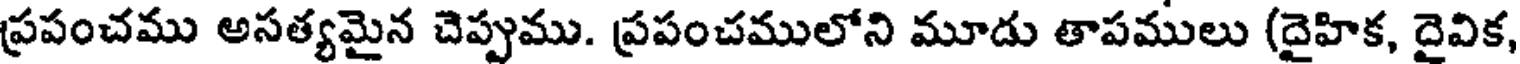
ప్రపంచము అసత్యమైన చెప్పుము. ప్రపంచములోని మూడు తాపములు (దైహిక, దైవిక,